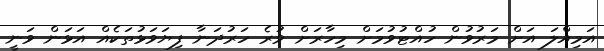
އަމިއްލަ އަށް މަރުވުން ހުއްޓުވުމަށް މިހާރަށް ވުރެ ހަރުދަނާ ފިޔަވަޅުތަކެއް އަޅަން ވަނީ